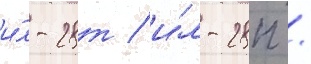
и́л-28т / и́л-28п /